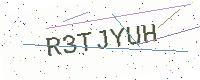
Text: R3TJYUH